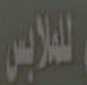
للملابس